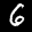
Label: 6